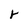
Character: r